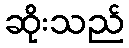
ဆိုးသည်